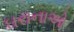
ઘરાનાઓ